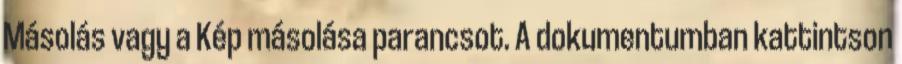
Másolás vagy a Kép másolása parancsot. A dokumentumban kattintson